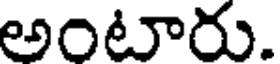
అంటారు.